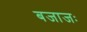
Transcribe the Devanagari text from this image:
बजाजः